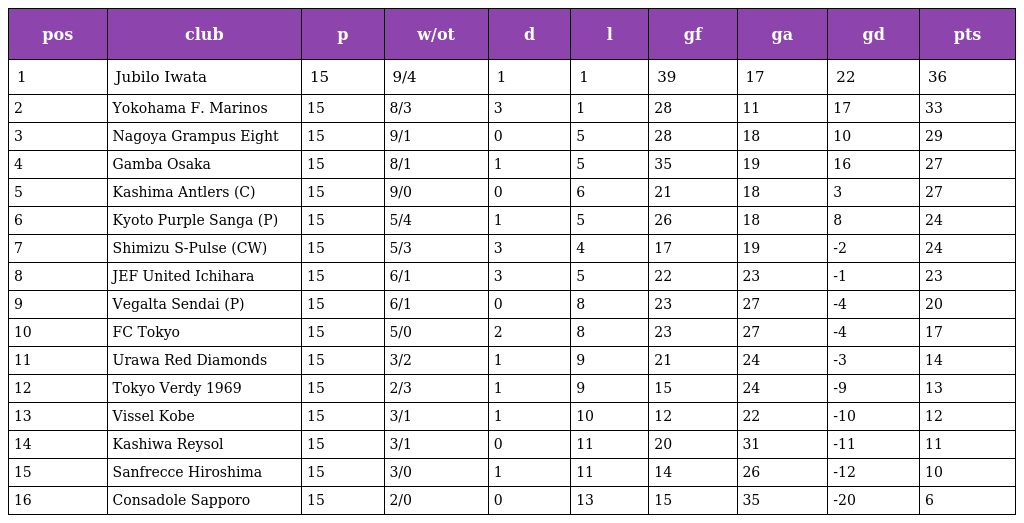
| pos | club | p | w/ot | d | l | gf | ga | gd | pts |
 | --- | --- | --- | --- | --- | --- | --- | --- | --- | --- |
 | 1 | Jubilo Iwata | 15 | 9/4 | 1 | 1 | 39 | 17 | 22 | 36 |
 | 2 | Yokohama F. Marinos | 15 | 8/3 | 3 | 1 | 28 | 11 | 17 | 33 |
 | 3 | Nagoya Grampus Eight | 15 | 9/1 | 0 | 5 | 28 | 18 | 10 | 29 |
 | 4 | Gamba Osaka | 15 | 8/1 | 1 | 5 | 35 | 19 | 16 | 27 |
 | 5 | Kashima Antlers (C) | 15 | 9/0 | 0 | 6 | 21 | 18 | 3 | 27 |
 | 6 | Kyoto Purple Sanga (P) | 15 | 5/4 | 1 | 5 | 26 | 18 | 8 | 24 |
 | 7 | Shimizu S-Pulse (CW) | 15 | 5/3 | 3 | 4 | 17 | 19 | -2 | 24 |
 | 8 | JEF United Ichihara | 15 | 6/1 | 3 | 5 | 22 | 23 | -1 | 23 |
 | 9 | Vegalta Sendai (P) | 15 | 6/1 | 0 | 8 | 23 | 27 | -4 | 20 |
 | 10 | FC Tokyo | 15 | 5/0 | 2 | 8 | 23 | 27 | -4 | 17 |
 | 11 | Urawa Red Diamonds | 15 | 3/2 | 1 | 9 | 21 | 24 | -3 | 14 |
 | 12 | Tokyo Verdy 1969 | 15 | 2/3 | 1 | 9 | 15 | 24 | -9 | 13 |
 | 13 | Vissel Kobe | 15 | 3/1 | 1 | 10 | 12 | 22 | -10 | 12 |
 | 14 | Kashiwa Reysol | 15 | 3/1 | 0 | 11 | 20 | 31 | -11 | 11 |
 | 15 | Sanfrecce Hiroshima | 15 | 3/0 | 1 | 11 | 14 | 26 | -12 | 10 |
 | 16 | Consadole Sapporo | 15 | 2/0 | 0 | 13 | 15 | 35 | -20 | 6 |